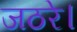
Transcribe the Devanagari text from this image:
जठरे।